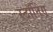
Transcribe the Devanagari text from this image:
स्टॉनिंग